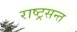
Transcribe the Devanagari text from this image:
राष्ट्रसन्त